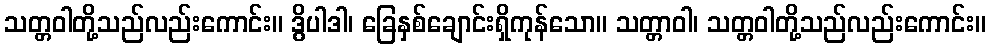
သတ္တဝါတို့သည်လည်းကောင်း။ ဒွိပါဒါ၊ ခြေနှစ်ချောင်းရှိကုန်သော။ သတ္တာဝါ၊ သတ္တဝါတို့သည်လည်းကောင်း။